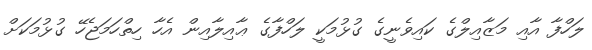
ލަހްފާ އާއި މަޒާއިލްގެ ކައިވެނީގެ ގުޅުމަކީ ލަހްފާގެ ޢާއިލާއިން އެހާ ހިތްހަމަޖެހޭ ގުޅުމަކަށް